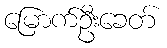
မြောက်ဦးခေတ်